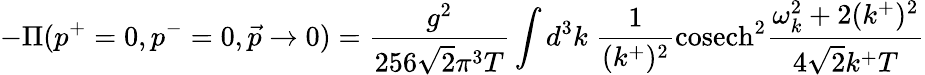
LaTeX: -\Pi(p^{+}=0,p^{-}=0,\vec{p}\rightarrow 0)=\frac{g^{2}}{256\sqrt{2}\pi^{3}T}\int d^{3}k\; \frac{1}{(k^{+})^{2}}\mathrm{cosech}^{2}\frac{\omega_{k}^{2}+2(k^{+})^{2}}{4\sqrt{2}k^{+}T}